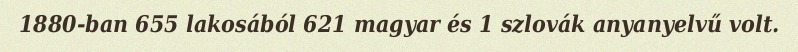
1880-ban 655 lakosából 621 magyar és 1 szlovák anyanyelvű volt.